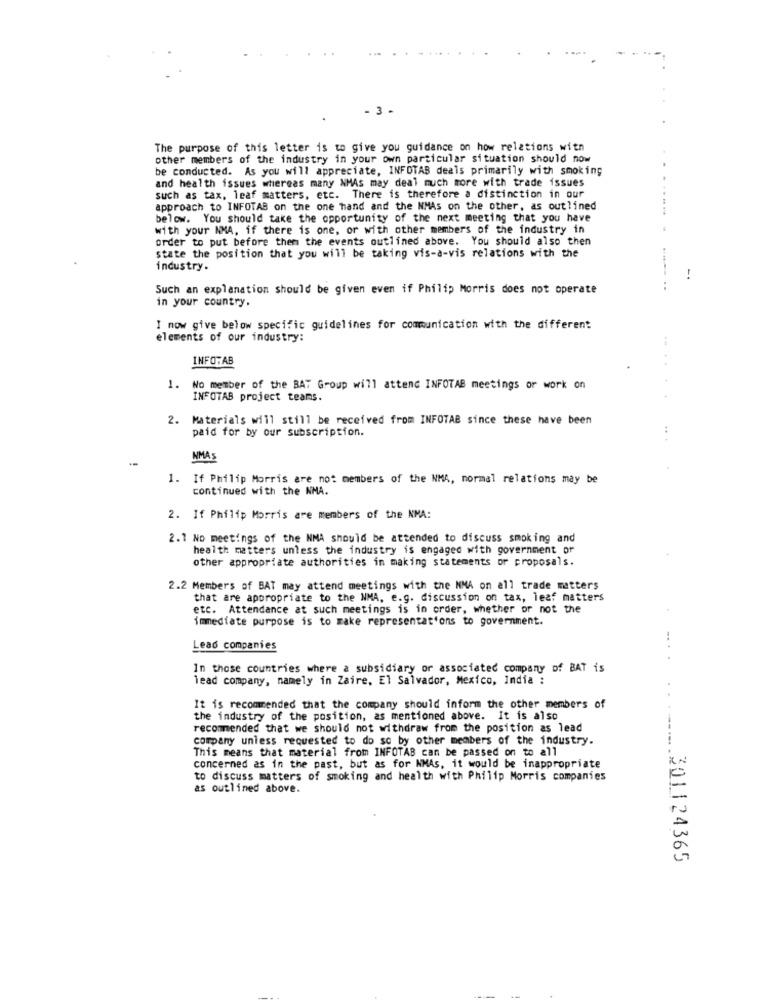
- 3 .
The purpose of this letter is to give you guidance on how relations with
other members of the industry in your own particular situation should now
be conducted. As you will appreciate, INFOTAS deals primarily with smoking
and health issues whereas many NMAs may deal much more with trade issues
such as tax, leaf matters, etc. There is therefore a distinction in our
approach to INFOTAB on the one hand and the NMAs on the other, as outlined
below. You should take the opportunity of the next meeting that you have
with your NMA, if there is one, or with other members of the industry in
order to put before them the events outlined above. You should also then
state the position that you will be taking vis-a-vis relations with the
industry.
-.
Such an explanation should be given even if Philip Morris does not operate
in your country.
I now give below specific guidelines for communication with the different
elements of our industry:
INFOTAB
.No member of the BAT Group will attend INFOTAB meetings or work on
INFOTAS project teams.
2. Materials will still be received from INFOTAB since these have been
paid for by our subscription.
..
NMAS
1. If Philip Morris are not members of the NMA, normal relations may be
continued with the NMA.
2. If Philip Morris are members of the NMA:
2.1 No meetings of the NMA should be attended to discuss smoking and
health matters unless the industry is engaged with government or
other appropriate authorities in making statements or proposals.
2.2 Members of BAT may attend meetings with the MMA on all trade matters
that are appropriate to the NMA, e.g. discussion on tax, leaf matters
etc. Attendance at such meetings is in order, whether or not the
immediate purpose is to make representations to government.
Lead companies
In those countries where a subsidiary or associated company of BAT is
lead company, namely in Zaire, El Salvador, Mexico, India :
It is recommended that the company should inform the other members of
the industry of the position, as mentioned above. It is also
recommended that we should not withdraw from the position as lead
company unless requested to do so by other members of the industry.
This means that material from INFOTAB can be passed on to all
concerned as in the past, but as for NMAs, it would be inappropriate
to discuss matters of smoking and health with Philip Morris companies
as outlined above.
.301124365